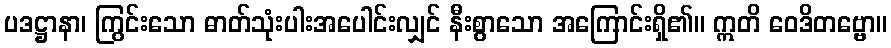
ပဒဋ္ဌာနာ၊ ကြွင်းသော ဓာတ်သုံးပါးအပေါင်းလျှင် နီးစွာသော အကြောင်းရှိ၏။ ဣတိ ဝေဒိတဗ္ဗော။